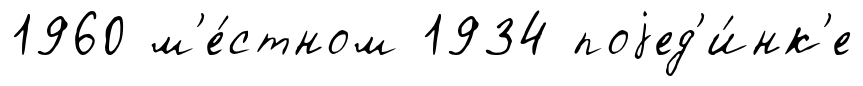
1960 м'е́стном 1934 поjед'и́нк'е